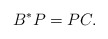
\begin{align*}B^* P = P C.\end{align*}